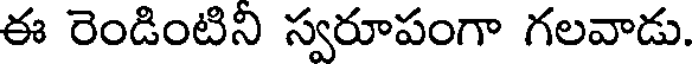
ఈ రెండింటిని స్వరూపంగా గలవాడు.